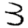
Digit: 3